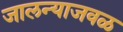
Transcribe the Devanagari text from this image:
जालन्याजवळ